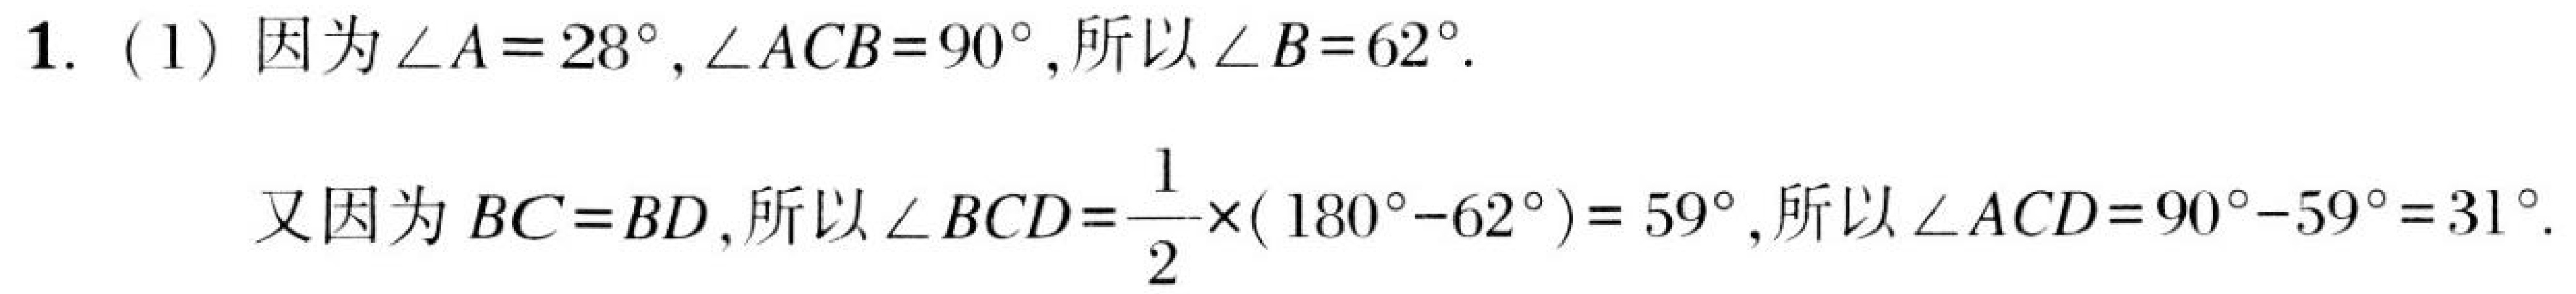
1. (1) 因为$\angle A = 28^{\circ},\angle ACB = 90^{\circ}$,所以$\angle B = 62^{\circ}$.

又因为$BC = BD$,所以$\angle BCD=\dfrac{1}{2}\times(180^{\circ}- 62^{\circ}) = 59^{\circ}$,所以$\angle ACD = 90^{\circ}-59^{\circ}=31^{\circ}$.